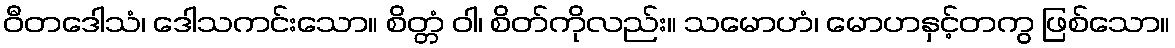
ဝီတဒေါသံ၊ ဒေါသကင်းသော။ စိတ္တံ ဝါ၊ စိတ်ကိုလည်း။ သမောဟံ၊ မောဟနှင့်တကွ ဖြစ်သော။